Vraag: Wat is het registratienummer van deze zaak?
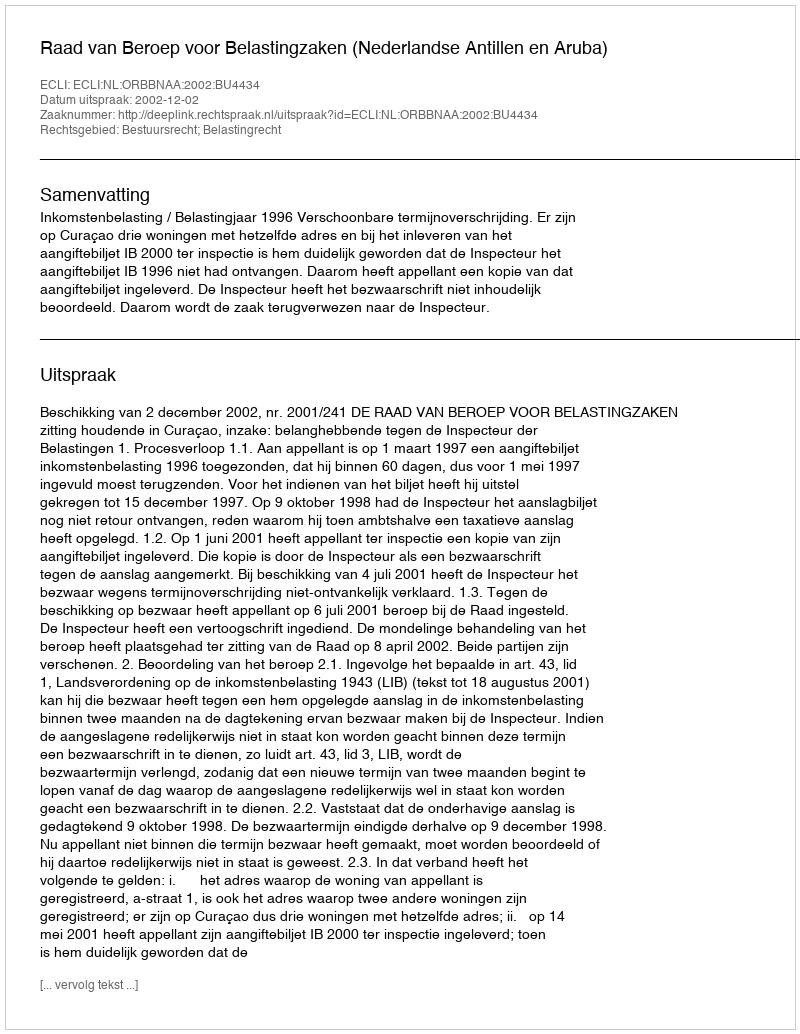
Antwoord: http://deeplink.rechtspraak.nl/uitspraak?id=ECLI:NL:ORBBNAA:2002:BU4434